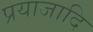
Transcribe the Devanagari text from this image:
प्रयाजादि